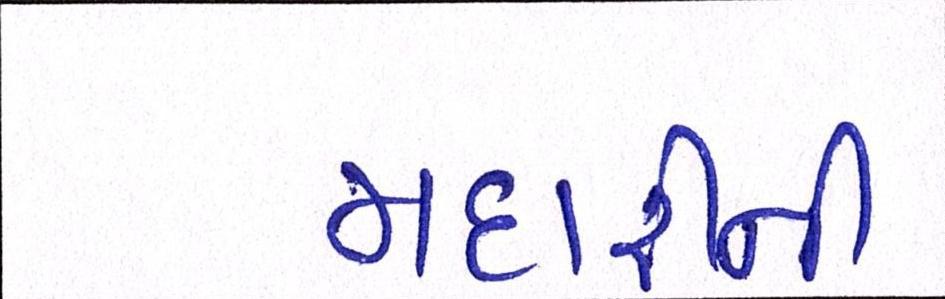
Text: મદારીની